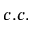
c . c .